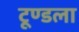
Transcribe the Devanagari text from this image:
टूण्‍डला